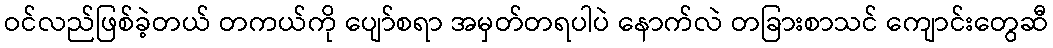
ဝင်လည်ဖြစ်ခဲ့တယ် တကယ်ကို ပျော်စရာ အမှတ်တရပါပဲ နောက်လဲ တခြားစာသင် ကျောင်းတွေဆီ